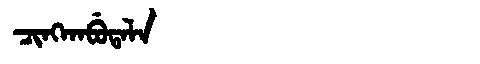
Manchu: ᠴᡳᠩᡴᠠᠪᡠᡨᠠᠯᠠ
Romanization: CINGKABUTALA